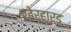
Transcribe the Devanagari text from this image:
एबेर्हार्ड